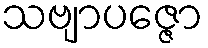
သဗျာပဇ္ဇော